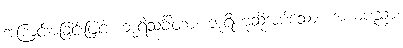
အကြင်အခြင်းဖြင့်။ ဘုရိသင်္ခါတာ၊ ဘူရိဟုဆိုအပ်သော။ အယံပညာ၊